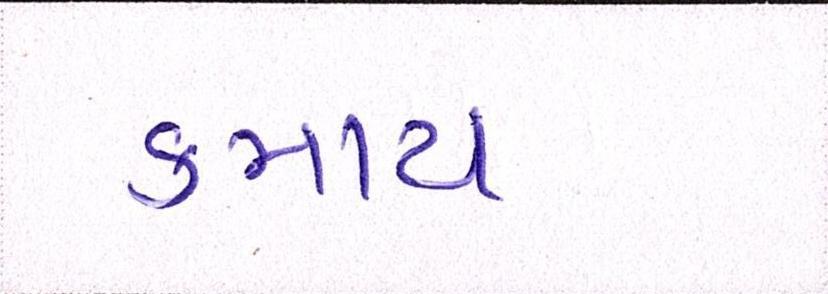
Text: કમાય